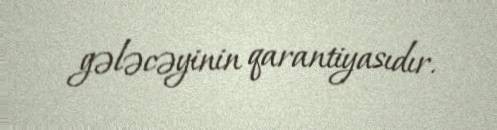
gələcəyinin qarantiyasıdır.